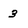
Character: 3